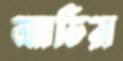
অ্যাভিরা